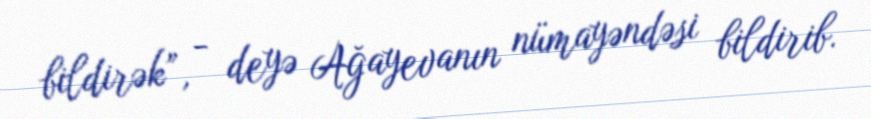
bildirək”, - deyə Ağayevanın nümayəndəsi bildirib.